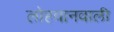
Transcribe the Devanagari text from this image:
लोहवानवाली